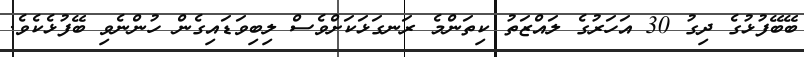
ބޭބޭފުޅުގެ ދިގު 30 އަހަރުގެ ލައްޒަތު ކިތަންމެ ރަނގަޅަކަށްވެސް ލިބިވަޑައިގެން ހުންނެވި ބޭފުޅެކެވެ.